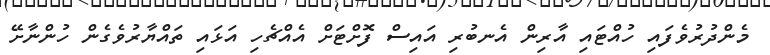
މެންދުރުވެފައި ހުއްޓައި އާރިން އެނބުރި އައިސް ފޮށްޓަށް އެއްޗެހި އަޅައި ތައްޔާރުވެގެން ހުންނާށޭ